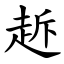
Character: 䞣